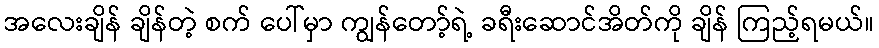
အလေးချိန် ချိန်တဲ့ စက် ပေါ်မှာ ကျွန်တော့်ရဲ့ ခရီးဆောင်အိတ်ကို ချိန် ကြည့်ရမယ်။